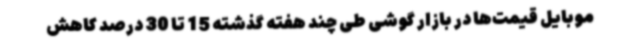
موبایل قیمت‌ها در بازار گوشی طی چند هفته گذشته 15 تا 30 درصد کاهش